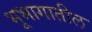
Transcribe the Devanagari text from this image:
भूभागातील